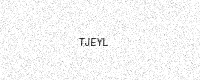
Text: TJEYL